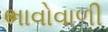
ભાવોવાળી